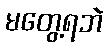
မတွေ့ရဘဲ